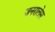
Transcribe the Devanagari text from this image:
जनरालेस